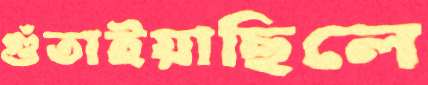
গুঁতাইয়াছিলে